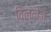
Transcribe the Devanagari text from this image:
विल्लेज